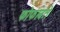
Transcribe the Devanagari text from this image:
फोफावते